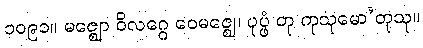
၁၀၉၁။ မဇ္ဈော ဝိလဂ္ဂေ ဝေမဇ္ဈေ၊ ပုပ္ဖံ တု ကုသုမော’တုသု။